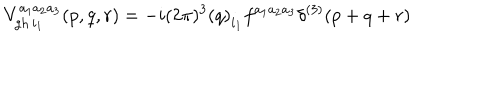
V _ { \mathrm { g h \thinspace } i _ { 1 } } ^ { a _ { 1 } a _ { 2 } a _ { 3 } } ( p , q , r ) = - i ( 2 \pi ) ^ { 3 } \left( q \right) _ { i _ { 1 } } f ^ { a _ { 1 } a _ { 2 } a _ { 3 } } \delta ^ { ( 3 ) } ( p + q + r )